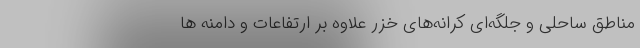
مناطق ساحلی و جلگه‌ای کرانه‌های خزر علاوه بر ارتفاعات و دامنه ها